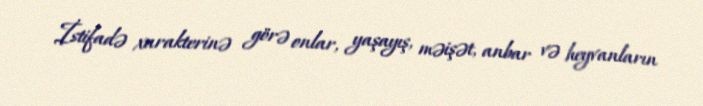
İstifadə xarakterinə görə onlar, yaşayış, məişət, anbar və heyvanların